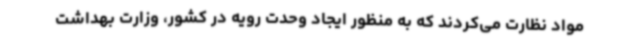
مواد نظارت می‌کردند که به منظور ایجاد وحدت رویه در کشور، وزارت بهداشت